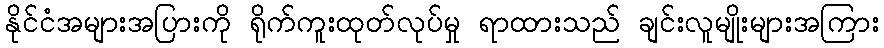
နိုင်ငံအများအပြားကို ရိုက်ကူးထုတ်လုပ်မှု ရာထားသည် ချင်းလူမျိုးများအကြား